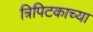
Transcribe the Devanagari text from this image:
त्रिपिटकाच्या